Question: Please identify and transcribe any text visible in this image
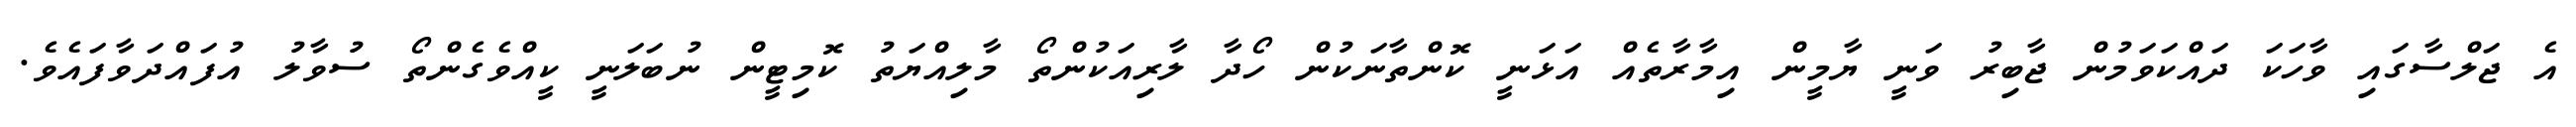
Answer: އެ ޖަލްސާގައި ވާހަކަ ދައްކަވަމުން ޖާބިރު ވަނީ ޔާމީން އިމާރާތެއް އަޅަނީ ކޮންތާނަކުން ހޯދާ ލާރިއަކުންތޯ މާލިއްޔަތު ކޮމިޓީން ނުބަލަނީ ކީއްވެގެންތޯ ސުވާލު އުފައްދަވާފައެވެ.